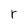
Character: r